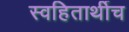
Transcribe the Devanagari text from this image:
स्वहितार्थीच